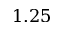
1 . 2 5